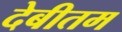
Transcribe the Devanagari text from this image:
देबीतम